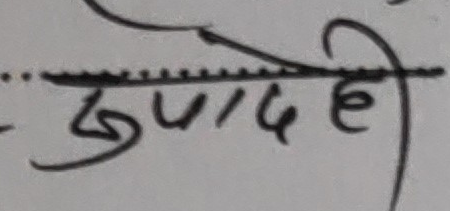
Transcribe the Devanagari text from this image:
खुपादेही